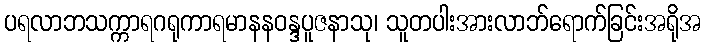
ပရလာဘသက္ကာရဂရုကာရမာနနဝန္ဒပူဇနာသု၊ သူတပါးအားလာဘ်ရောက်ခြင်းအရိုအ